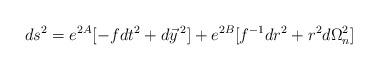
LaTeX: \begin{align*}ds^2=e^{2A}[-fdt^2 + d\vec y\,^2]+e^{2B}[f^{-1}dr^2+r^2d\Omega_n^2]\end{align*}